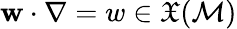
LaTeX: \mathbf{w}\cdot\nabla=w\in\mathfrak{X}(\mathcal{M})